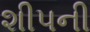
શીપની